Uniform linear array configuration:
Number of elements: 12
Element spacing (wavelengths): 0.5
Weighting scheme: cosine
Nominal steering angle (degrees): -15
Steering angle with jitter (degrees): -14.025
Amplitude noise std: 0.05
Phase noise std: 0.05

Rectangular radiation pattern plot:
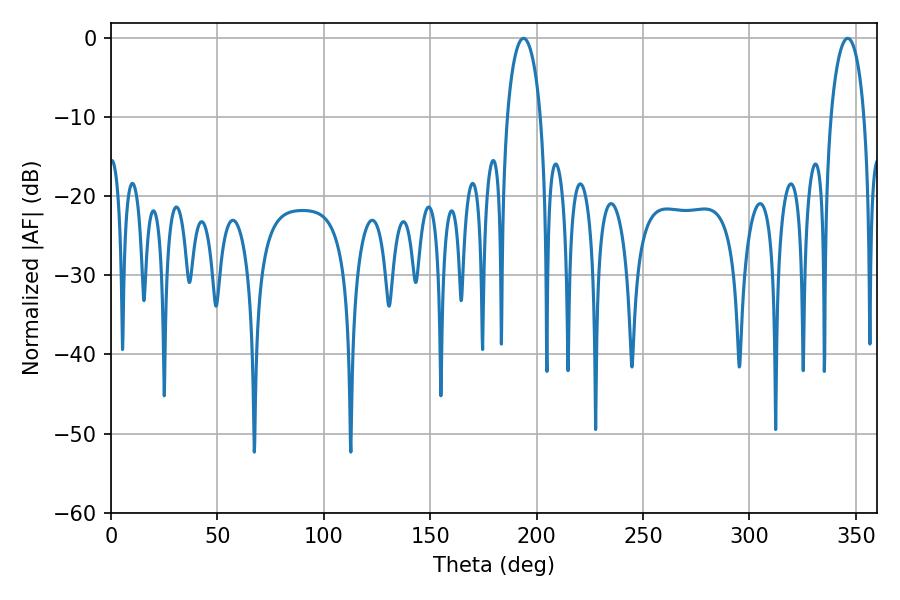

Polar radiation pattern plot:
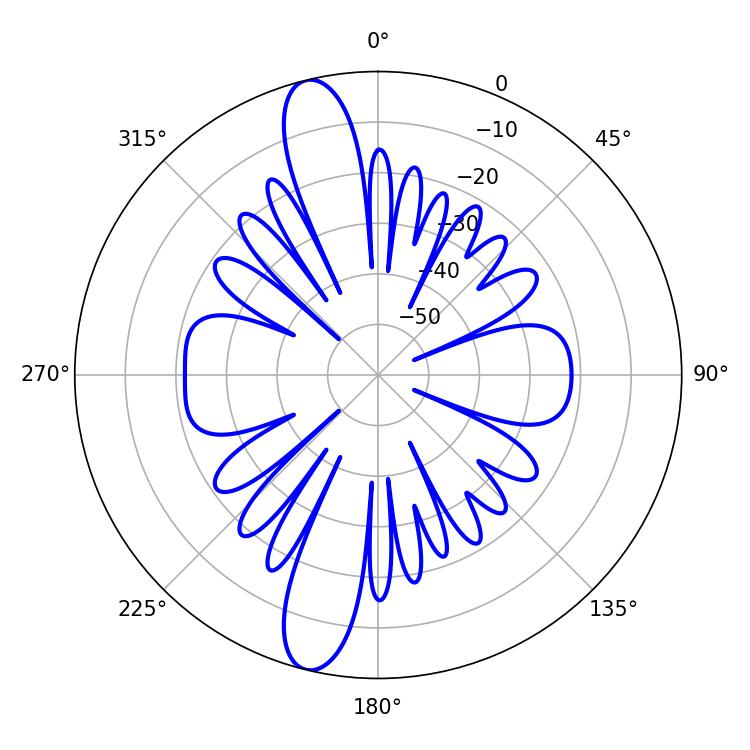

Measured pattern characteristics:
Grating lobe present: FALSE
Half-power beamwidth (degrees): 9
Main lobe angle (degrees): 193.86